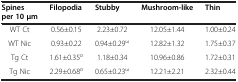
| Spines per 10 μm | Filopodia | Stubby | Mushroom-like | Thin |
 | --- | --- | --- | --- | --- |
 | WT Ct | 0.56±0.15 | 2.23±0.72 | 12.05±1.44 | 1.00±0.24 |
 | WT Nic | 0.93±0.22 | 0.94±0.29ω | 12.82±1.32 | 1.75±0.37 |
 | Tg Ct | 1.61±0.35σ | 1.18±0.34 | 10.96±0.86 | 1.72±0.31 |
 | Tg Nic | 2.29±0.68σ | 0.65±0.23ω | 12.21±2.21 | 2.32±0.44 |